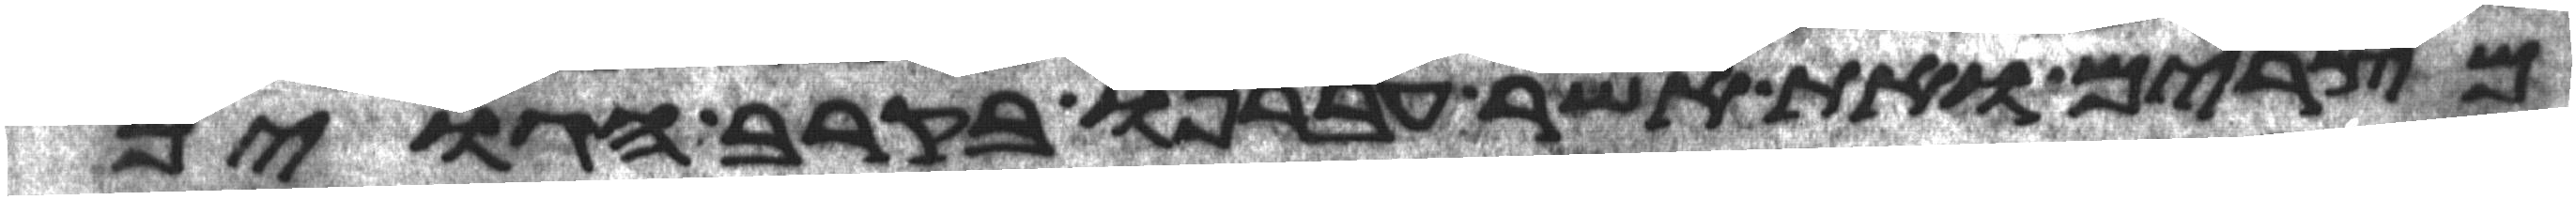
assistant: מצרים ואת אשר עברנו בקרב הגוים